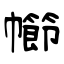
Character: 幯